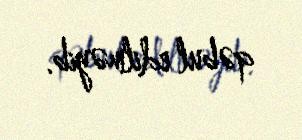
qəbul edilməyib.